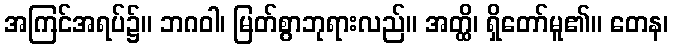
အကြင်အရပ်၌။ ဘဂဝါ၊ မြတ်စွာဘုရားလည်။ အတ္ထိ၊ ရှိတော်မူ၏။ တေန၊